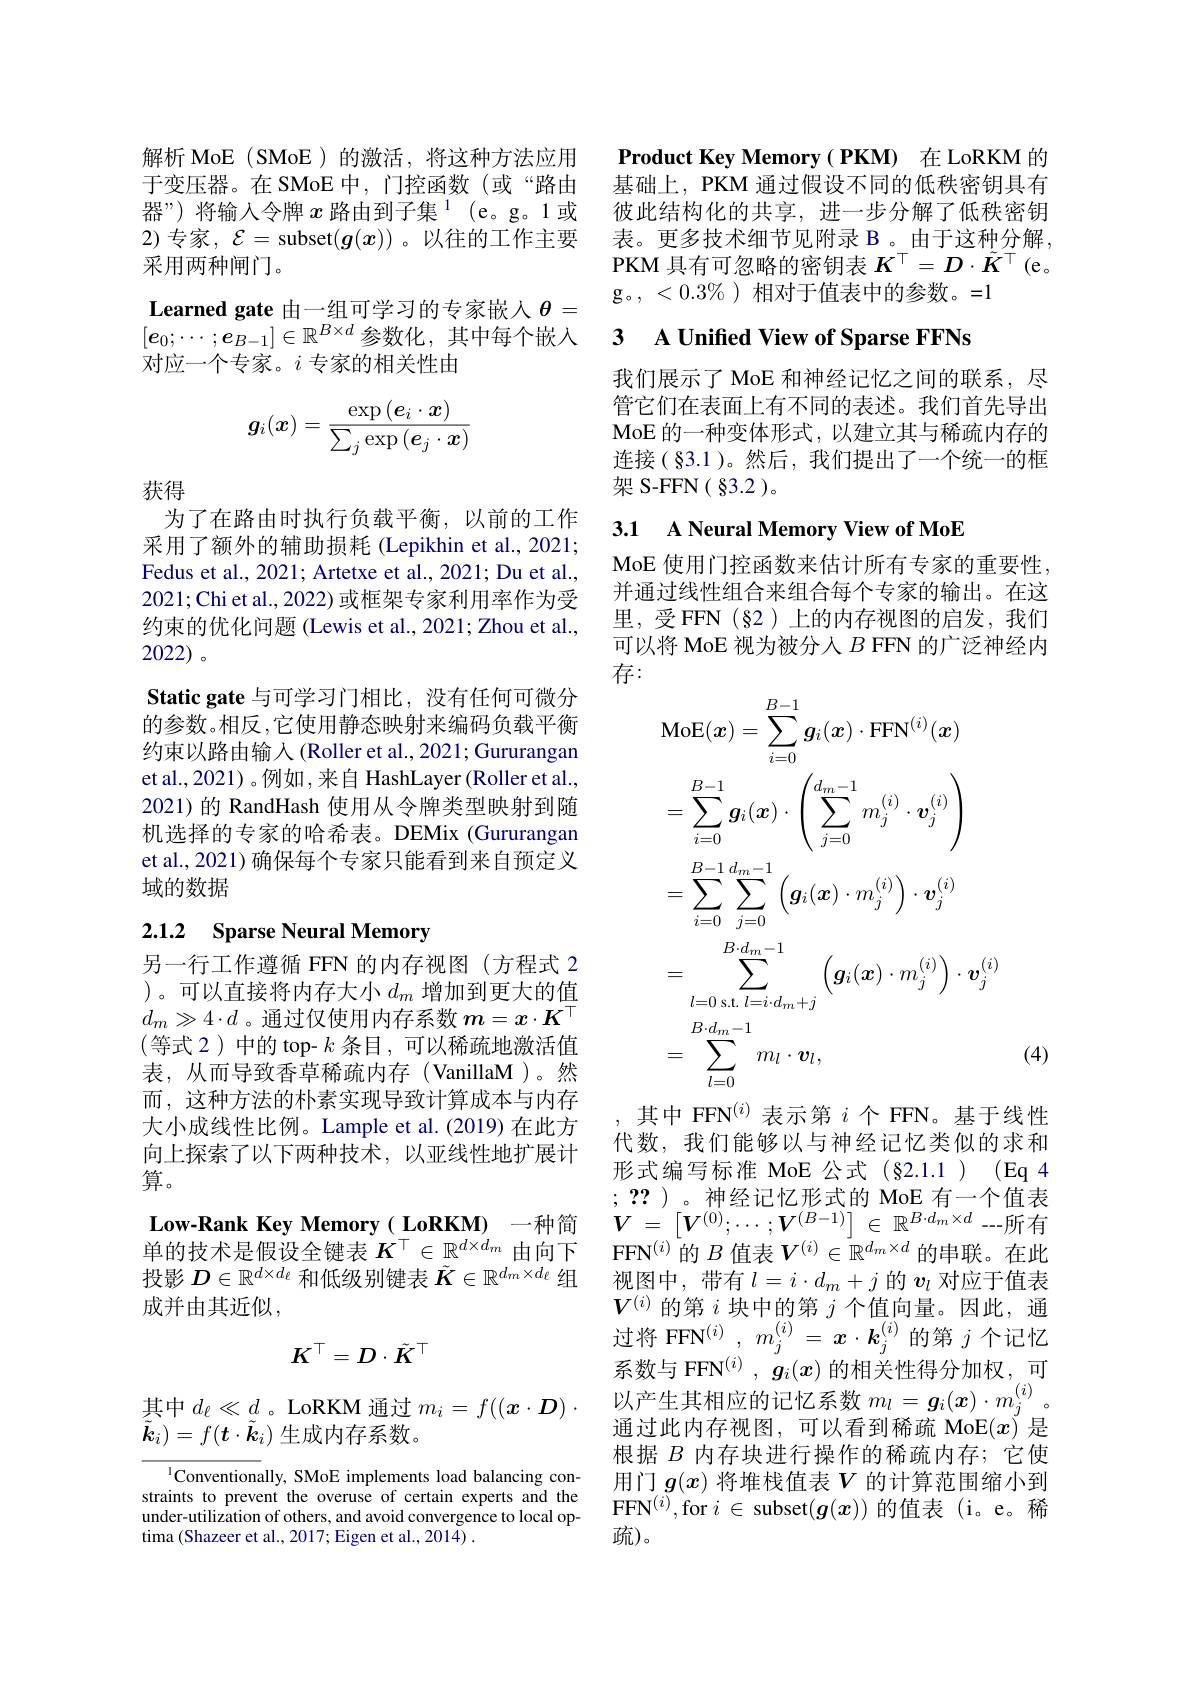
解析 MoE ( SMoE ) 的激活，将这种方法应用于变压器。在 SMoE 中，门控函数(或“路由器”)将输入令牌$x\text{ 路由到子集}^{1}$(e。g。1或2)专家，$\mathcal{E}=$ subset$(g(x))$ 。以往的工作主要采用两种闸门。
Learned gate 由一组可学习的专家嵌入$\theta=$ $[\boldsymbol{e}_{0};\cdots;\boldsymbol{e}_{B-1}]\in\mathbb{R}^{B\times d}$参数化，其中每个嵌入对应一个专家。$i$专家的相关性由
$$\boldsymbol{g}_i(\boldsymbol{x})=\frac{\exp{(\boldsymbol{e}_i\cdot\boldsymbol{x})}}{\sum_j\exp{(\boldsymbol{e}_j\cdot\boldsymbol{x})}}$$
获得

为了在路由时执行负载平衡，以前的工作采用了额外的辅助损耗(Lepikhin et al., 2021; Fedus et al., 2021; Artetxe et al., 2021; Du et al., 2021;Chi et al., 2022) 或框架专家利用率作为受约束的优化问题 (Lewis et al., 2021; Zhou et al., 2022)。
Static gate 与可学习门相比，没有任何可微分的参数。相反，它使用静态映射来编码负载平衡约束以路由输入(Roller et al., 2021; Gururangan et al., 2021) 。例如 ,来自 HashLayer(Roller et al., 2021)的 RandHash 使用从令牌类型映射到随机选择的专家的哈希表。DEMix (Gururangan et al., 2021) 确保每个专家只能看到来自预定义域的数据

## 2.1.2 Sparse Neural Memory

另一行工作遵循 FFN 的内存视图(方程式 2 )。可以直接将内存大小$d_m$ 增加到更大的值$d_m\gg4\cdot d$ 。通过仅使用内存系数$m=x\cdot K^\top$ (等式 2)中的 top- $k$ 条目，可以稀疏地激活值表，从而导致香草稀疏内存(VanillaM)。然而，这种方法的朴素实现导致计算成本与内存大小成线性比例。Lample et al.(2019) 在此方向上探索了以下两种技术，以亚线性地扩展计算。

Low-Rank Key Memory( LoRKM) 一种简单的技术是假设全键表$K^\top\in\mathbb{R}^{d\times d_m}$由向下投影$D\in\mathbb{R}^{d\times d_\ell}$和低级别键表$\tilde{K}\in\mathbb{R}^{d_m\times d_\ell}$组成并由其近似，
$$K^\top=D\cdot\tilde{K}^\top $$
$\tilde{\boldsymbol{k}}_i)=f(\boldsymbol{t}\cdot\tilde{\boldsymbol{k}}_i)$生成内存系数。

$^{\mathrm{l}}$Conventionally, SMoE implements load balancing constraints to prevent the overuse of certain experts and the under-utilization of others, and avoid convergence to local optima (Shazeer et al., 2017; Eigen et al., 2014) .

Product Key Memory( PKM) 在 LoRKM 的基础上，PKM 通过假设不同的低秩密钥具有彼此结构化的共享，进一步分解了低秩密钥表。更多技术细节见附录 B 。由于这种分解， PKM 具有可忽略的密钥表$K^\top=D\cdot\tilde{K}^\top$ (e。g。,<0.3$\%)相对于值表中的参数。=1$

## 3 A Unified View of Sparse FFNs

我们展示了 MoE 和神经记忆之间的联系，尽管它们在表面上有不同的表述。我们首先导出MoE 的一种变体形式，以建立其与稀疏内存的连接(§3.1)。然后，我们提出了一个统一的框架 S-FFN( §3.2 )。

# 3.1 A Neural Memory View of MoE

MoE 使用门控函数来估计所有专家的重要性并通过线性组合来组合每个专家的输出。在这里，受FFN(§2)上的内存视图的启发，我们可以将 MoE 视为被分人$B$ FFN 的广泛神经内存：
$$\begin{aligned}&\mathrm{MoE}(\boldsymbol{x})=\sum_{i=0}^{B-1}\boldsymbol{g}_i(\boldsymbol{x})\cdot\mathrm{FFN}^{(i)}(\boldsymbol{x})\\&=\sum_{i=0}^{B-1}\boldsymbol{g}_i(\boldsymbol{x})\cdot\left(\sum_{j=0}^{d_m-1}m_j^{(i)}\cdot\boldsymbol{v}_j^{(i)}\right)\\&=\sum_{i=0}^{B-1}\sum_{j=0}^{d_m-1}\left(\boldsymbol{g}_i(\boldsymbol{x})\cdot m_j^{(i)}\right)\cdot\boldsymbol{v}_j^{(i)}\\&=\sum_{l=0\text{ s.t. }l=i\cdot d_m+j}^{B\cdot d_m-1}\left(\boldsymbol{g}_i(\boldsymbol{x})\cdot m_j^{(i)}\right)\cdot\boldsymbol{v}_j^{(i)}\\&=\sum_{l=0}^{B\cdot d_m-1}m_l\cdot\boldsymbol{v}_l,\end{aligned}$$
(4)

其中 FFN$^{(i)}$表示第$i$个 FFN。基于线性代数，我们能够以与神经记忆类似的求和

形式编写标准 MoE 公式(§2.1.1)(Eq4 ; ?? )。神经记忆形式的 MoE 有一个值表$V=\begin{bmatrix}\boldsymbol{V}^{(0)};\cdots;\boldsymbol{V}^{(B-1)}\end{bmatrix}\in\mathbb{R}^{B\cdot d_{m}\times d}--$所有FFN$^(i)$的$B$值表$V^(i)\in\mathbb{R}^{d_m\times d}$的串联。在此视图中，带有$l=i\cdot d_m+j$的$v_l$对应于值表$V^{(i)}$的第$i$块中的第$j$个值向量。因此，通过将 FFN$^{( i) }$, $m_{j}^{( i) }=$ $x\cdot \overline {{\boldsymbol{k}}_{j}^{( i) }}$的第 $j$ 个记忆系数与 FFN$^{( i) }$ , $g_i( x)$的相关性得分加权，可
其中$d_\ell\ll d$。LoRKM 通过$m_i= f( ( \boldsymbol{x}\cdot \boldsymbol{D}) \cdot$ 以产生其相应的记忆系数 $m_l=\boldsymbol{g}_i(\boldsymbol{x})\cdot m_j^{(i)}$。
通过此内存视图，可以看到稀疏 MoE$(x)$是根据$B$内存块进行操作的稀疏内存；它使用门$g(x)$ 将堆栈值表$V$ 的计算范围缩小到FFN$^(i)$,for $i\in$ subset$(\boldsymbol g(x))$的值表(i。e。稀疏)。